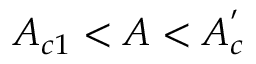
A _ { c 1 } < A < A _ { c } ^ { ' }